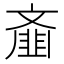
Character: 齑